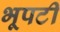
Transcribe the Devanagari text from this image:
भूपटी